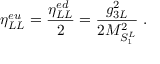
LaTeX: \eta _ { L L } ^ { e u } = \frac { \eta _ { L L } ^ { e d } } { 2 } = \frac { g _ { 3 L } ^ { 2 } } { 2 M _ { { \cal S } _ { 1 } ^ { L } } ^ { 2 } } \; .